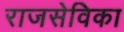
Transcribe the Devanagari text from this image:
राजसेविका